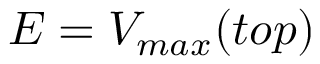
E = V _ { m a x } ( t o p )